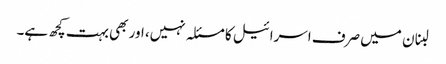
لبنان میں صرف اسرائیل کا مسئلہ نہیں، اور بھی بہت کچھ ہے۔